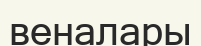
веналары